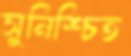
সুনিশ্চিত